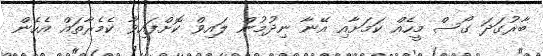
ބާރުގަދަ ގޯސް މީހެއް ކަމަށާއި އޭނާ ނިދުމުން ލައިވް ކޮށްފައިވާ ކެމެރާތައް އެހެން